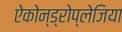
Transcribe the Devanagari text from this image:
ऐकोन्ड्रोप्लेजिया